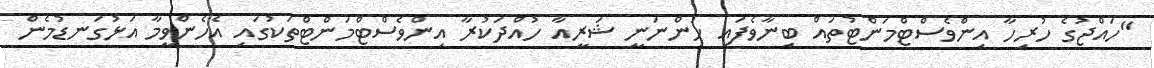
"ހައްޖުގެ ހުރިހާ އިންވެސްޓްމަންޓުތައް ބިނާވެފައި ހުންނަނީ ޝަރީއާ ހުއްދަކުރާ އިންވެސްޓްމަންޓްތަކުގައި އެހެންވީމާ އަޅުގަނޑުމެން